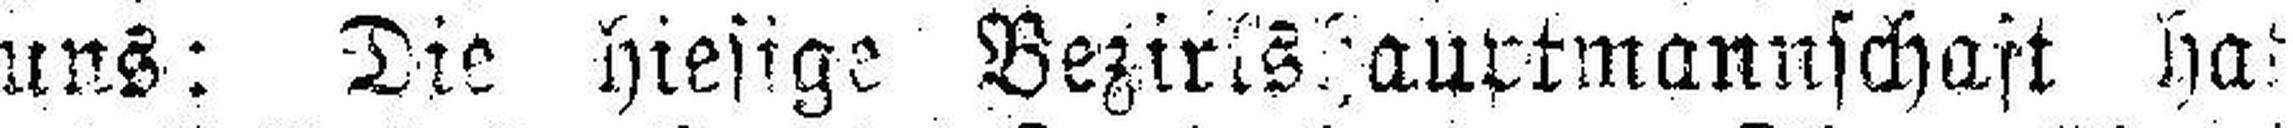
uns: Die hiesige Bezirkshauptmannschaft hat